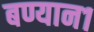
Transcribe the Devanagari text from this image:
बण्यान१